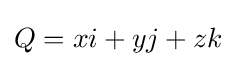
Q=xi+yj+zk